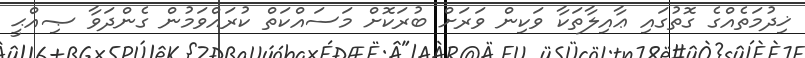
ޚިދުމަތެއްގެ ގޮތުގައި ޢާއިލާތަކާ ވަކިން ވަރަށް ބުރަކޮށް މަސައްކަތް ކުރައްވަމުން ގެންދަވާ ޞިއްޙީ